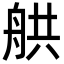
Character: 舼